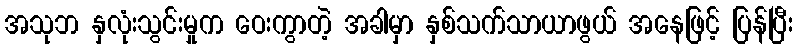
အသုဘ နှလုံးသွင်းမှုက ဝေးကွာတဲ့ အခါမှာ နှစ်သက်သာယာဖွယ် အနေဖြင့် ပြန်ပြီး